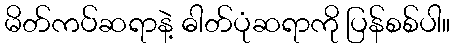
မိတ်ကပ်ဆရာနဲ့ ဓါတ်ပုံဆရာကို ပြန်စစ်ပါ။